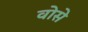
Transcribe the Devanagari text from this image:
वोसे